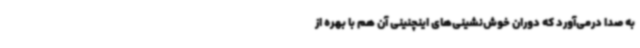
به صدا درمی‌آورد که دوران خوش‌نشینی‌های اینچنینی آن هم با بهره از